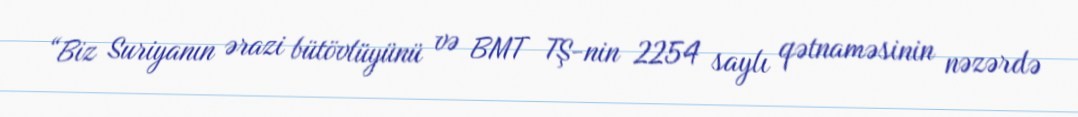
“Biz Suriyanın ərazi bütövlüyünü və BMT TŞ-nin 2254 saylı qətnaməsinin nəzərdə